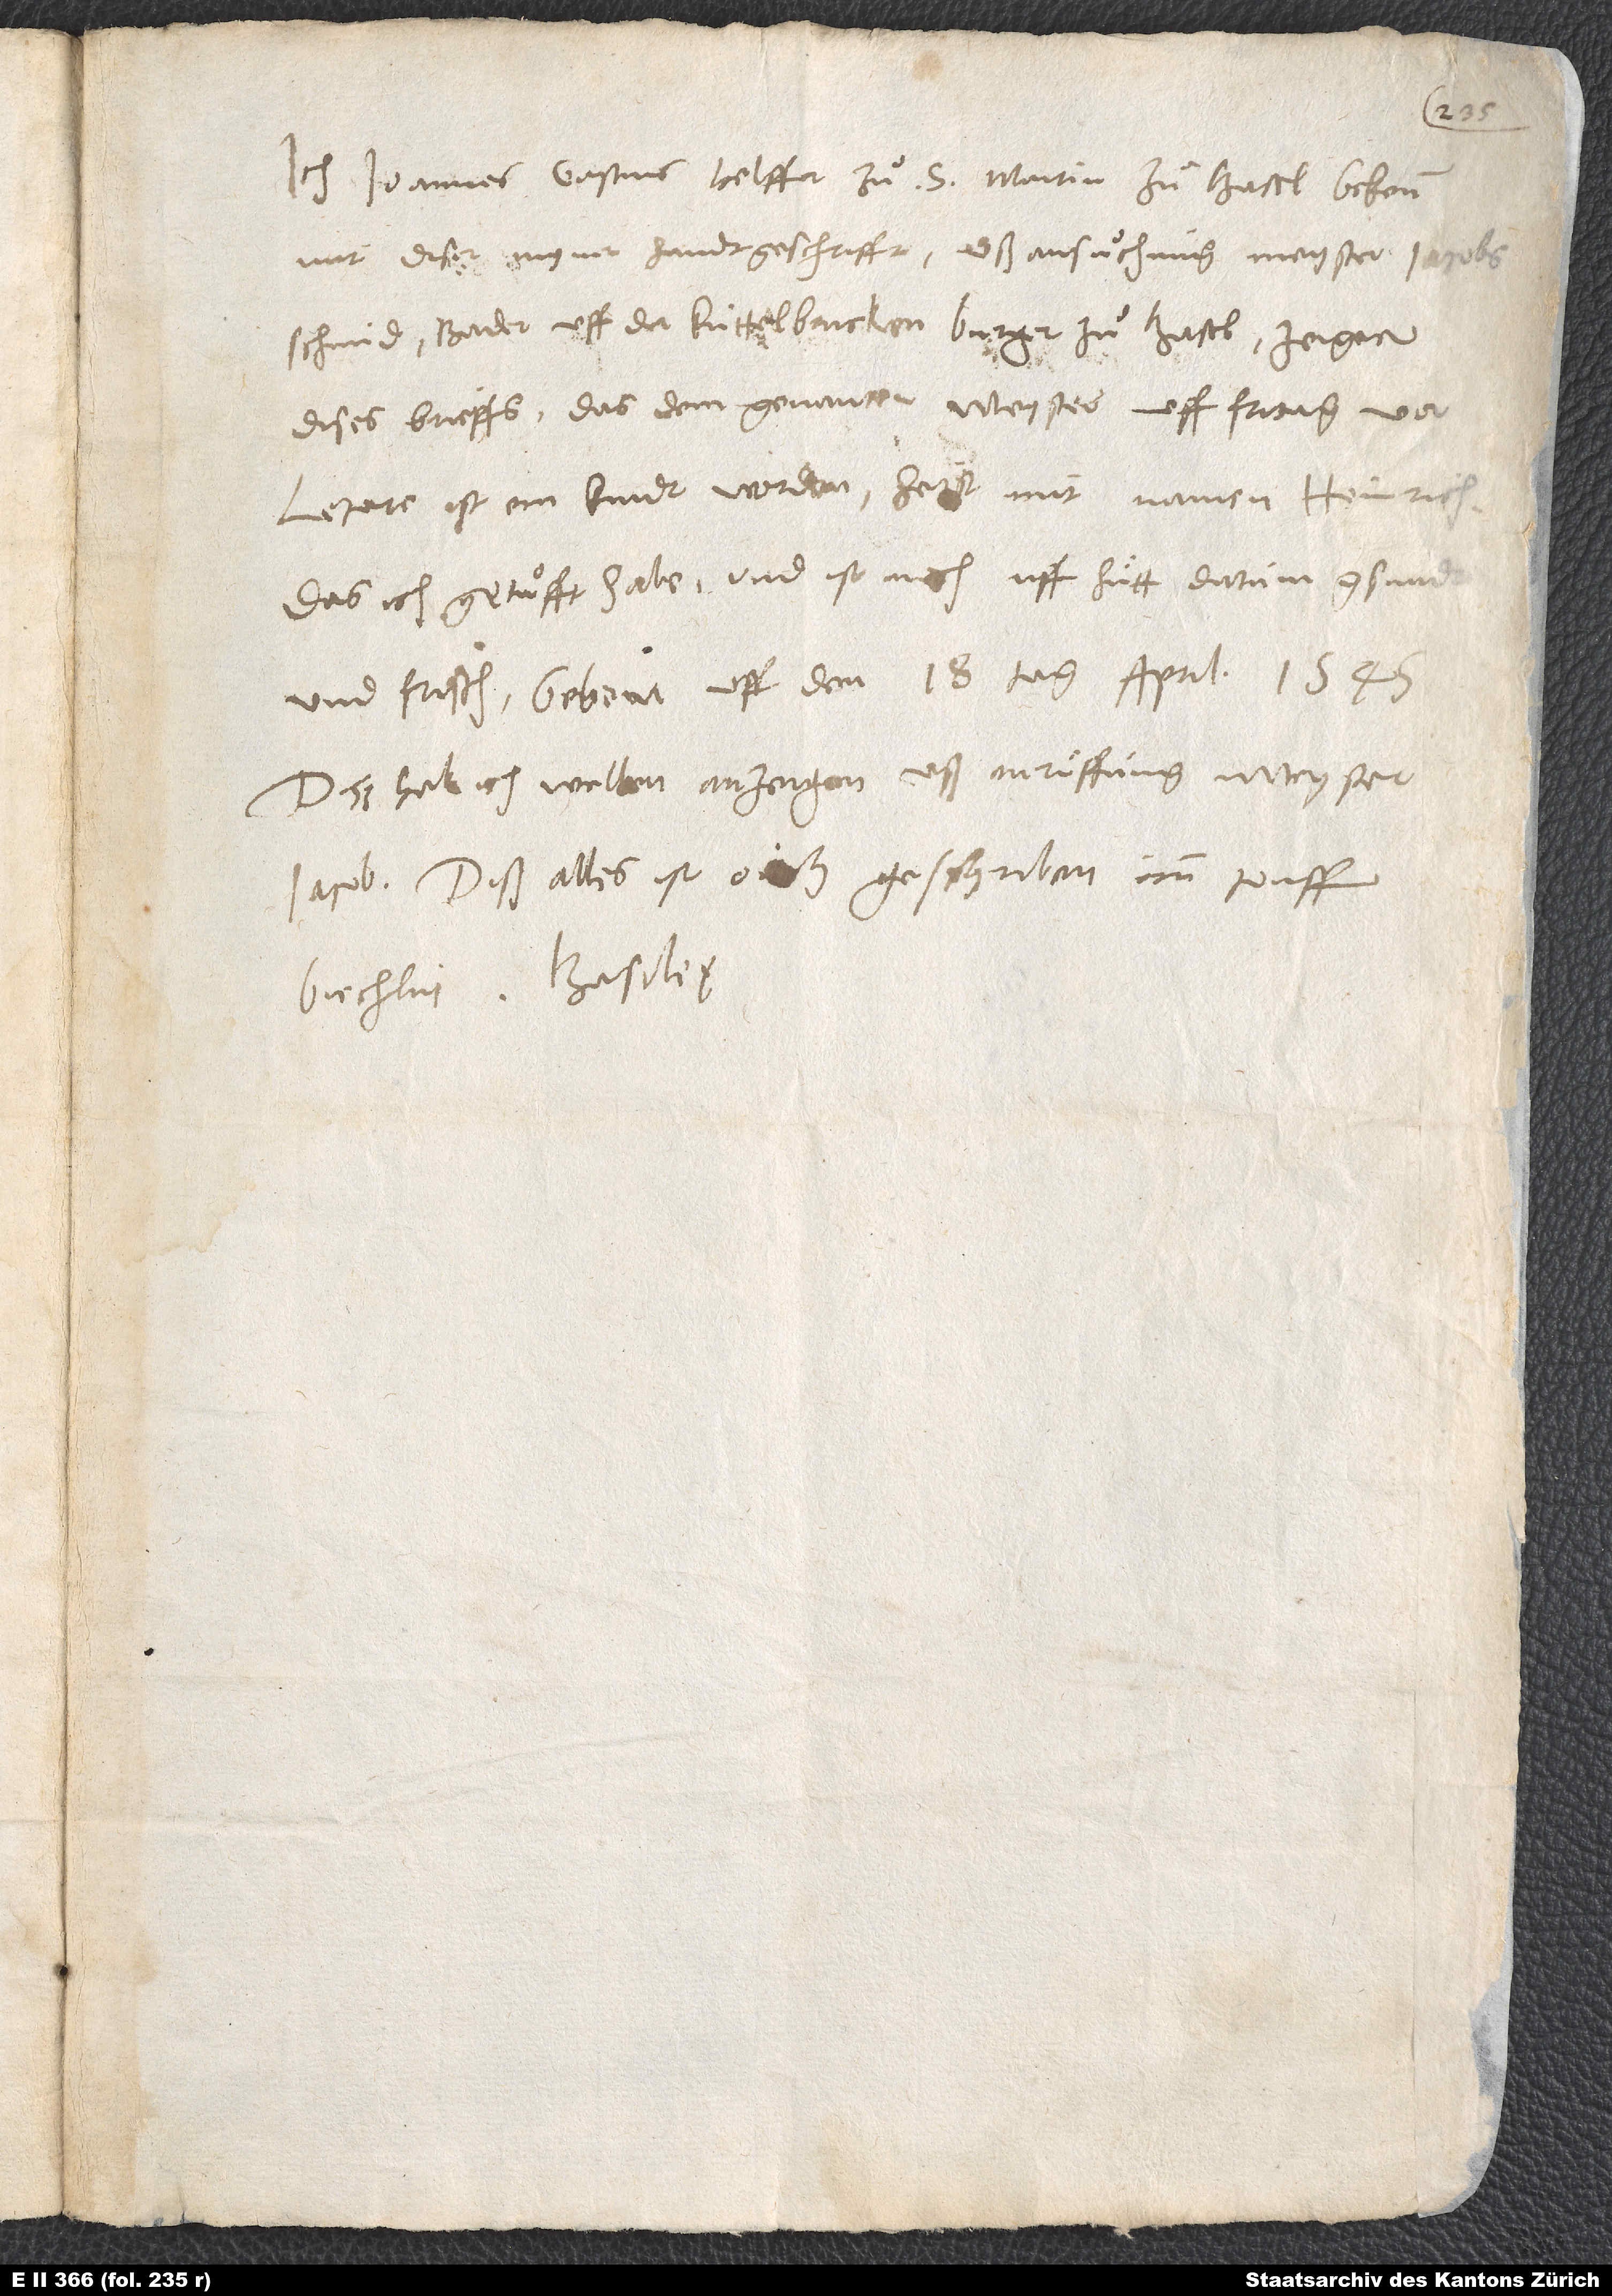
Ich, Joannes Gastius, helffer zuͦ S. Martin zuͦ Basel, bekenn
mit diser myner handtgeschrifft uß ansuͦchung meyster Jacobs
Schmid, bader uff der Kuttelbrucken, burger zuͦ Basel, zeiger
dises brieffs, das dem genanten meyster uff fritag vor
Letare ist ein kindt worden. Heist mit namen Heinrich,
das ich getuͦfft habe, und ist noch uff hütt datum gsundt
Diss hab ich wellen anzeigen uß anruͤffung meyster
Jacob. Diß alles ist ouch geschriben imm touffbuechlin.